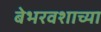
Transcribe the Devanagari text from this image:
बेभरवशाच्या